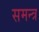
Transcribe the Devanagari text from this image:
समन्त्र